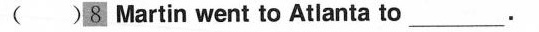
()8 Martin went to Atlanta to___.